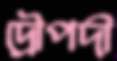
দ্রৌপদী